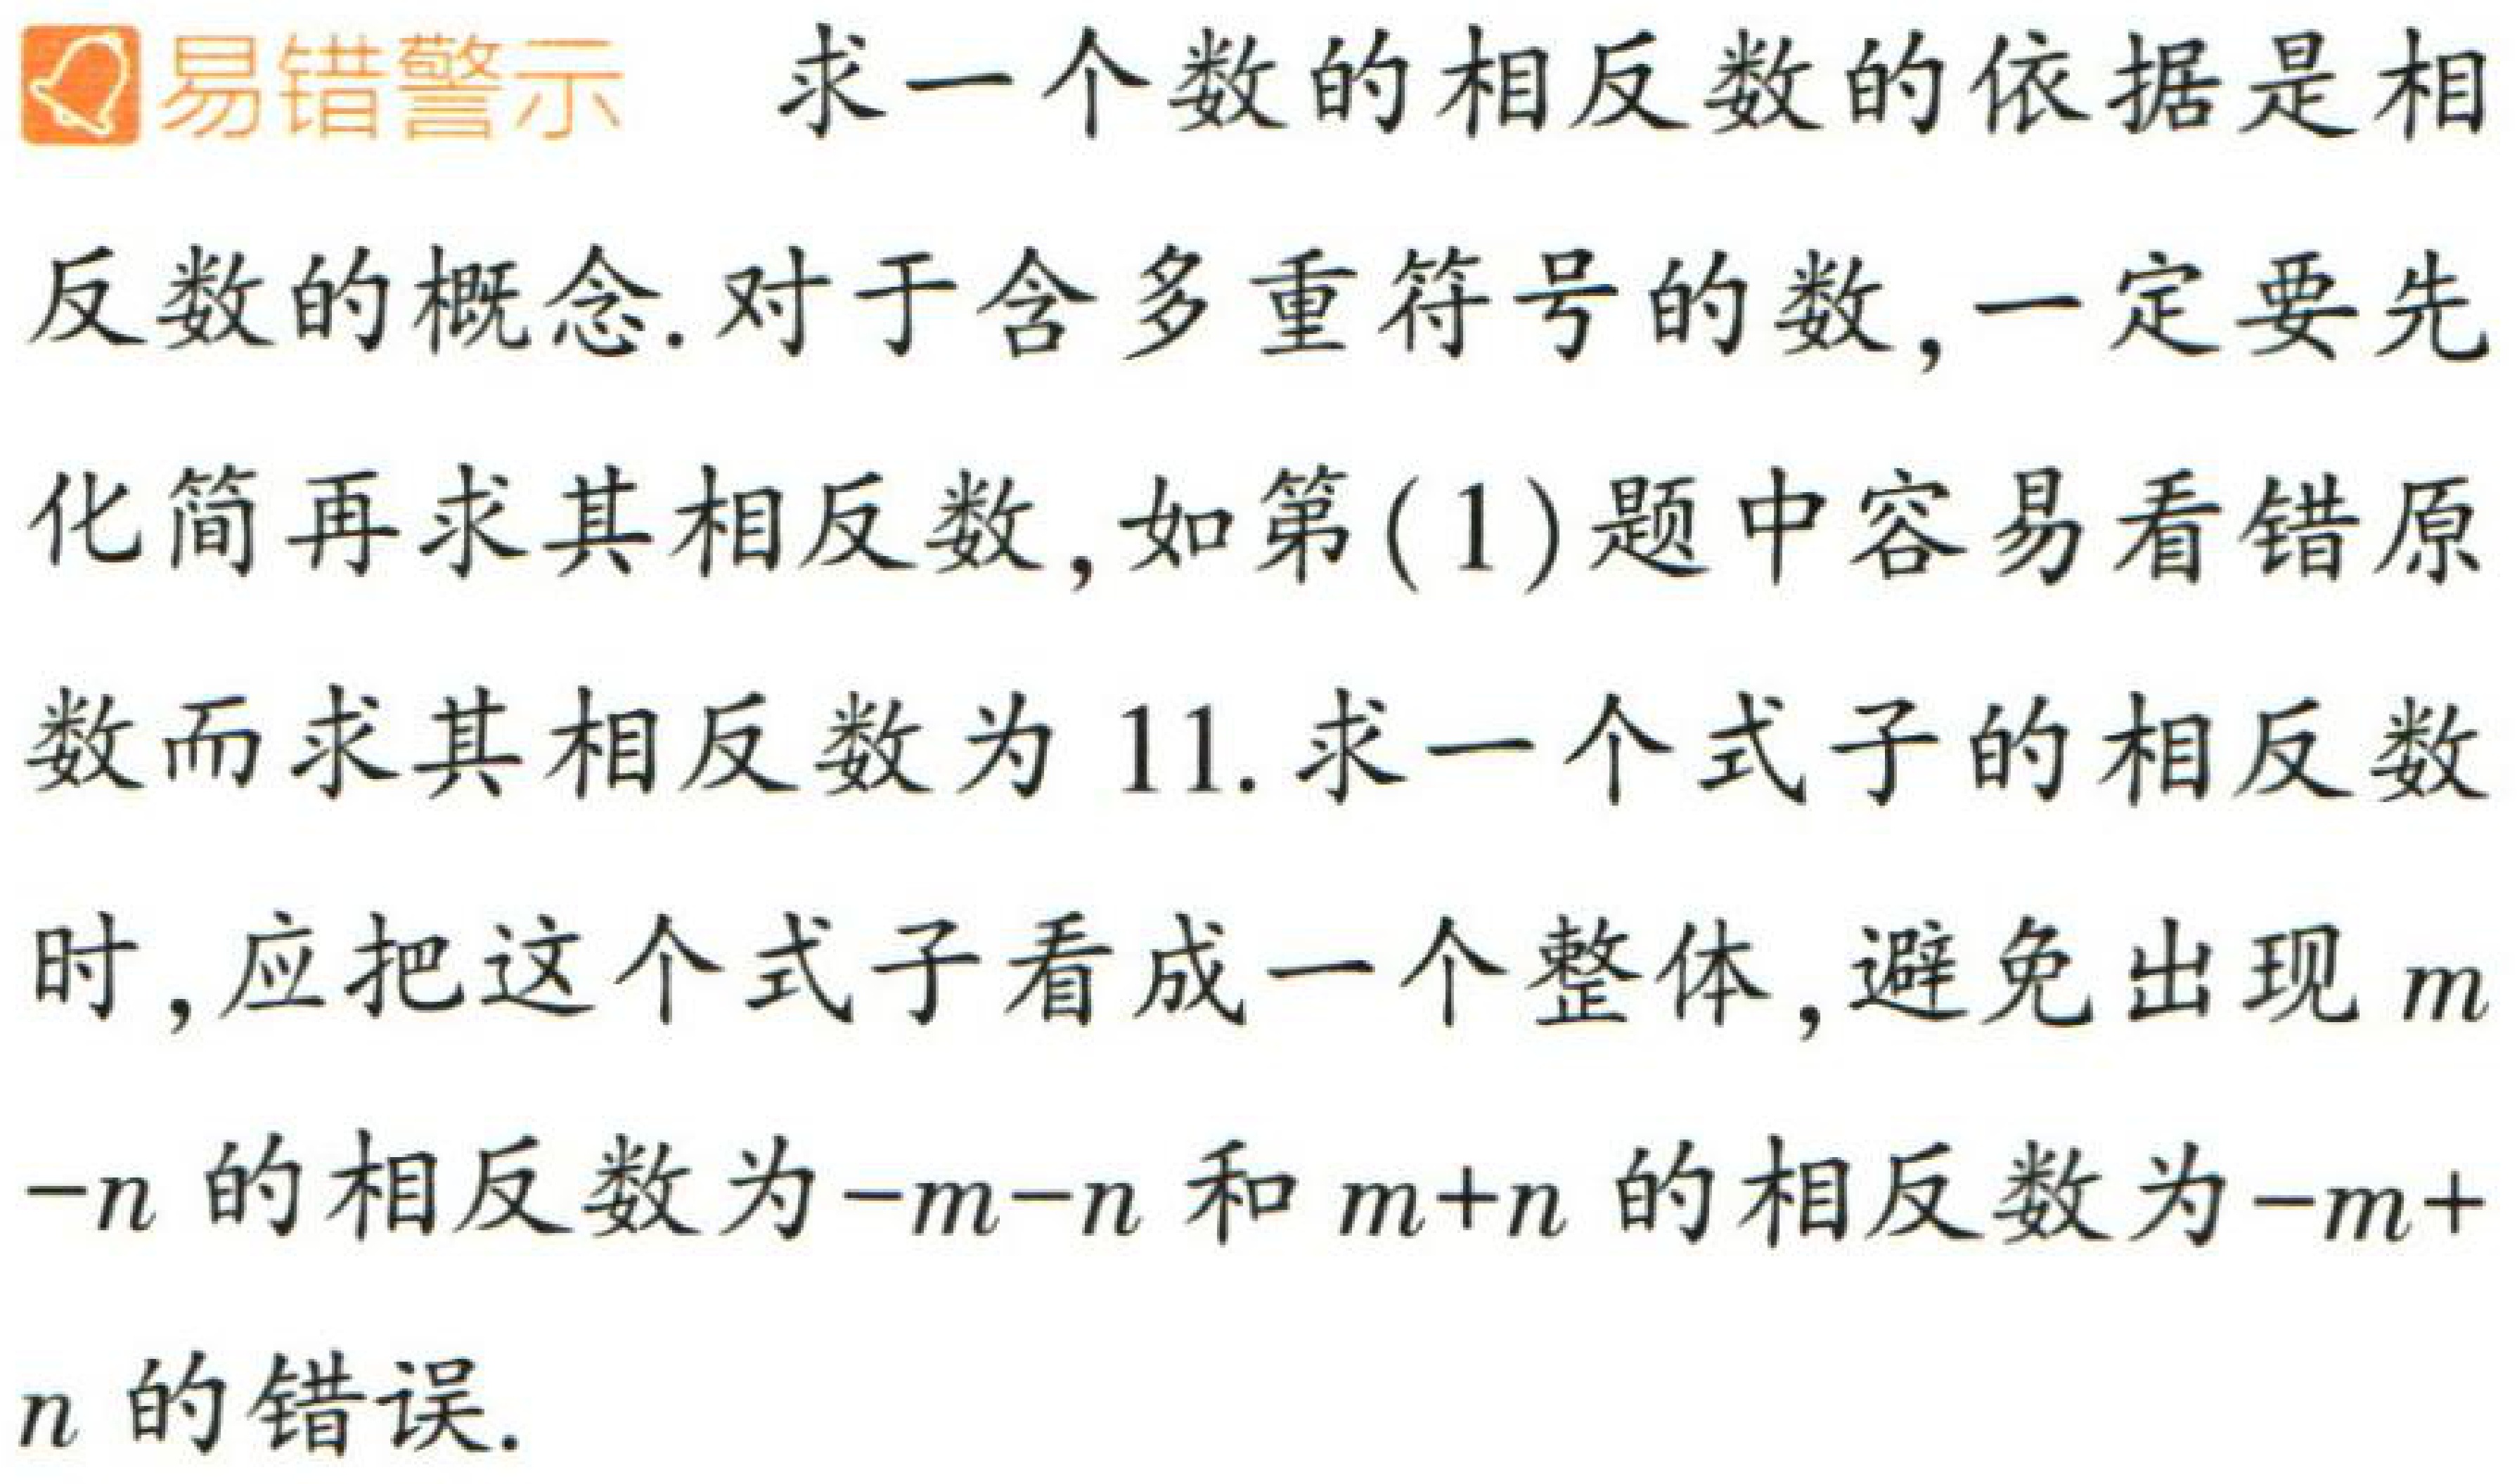
易错警示 求一个数的相反数的依据是相
反数的概念.对于含多重符号的数,一定要先
化简再求其相反数,如第(1)题中容易看错原
数而求其相反数为 11.求一个式子的相反数
时,应把这个式子看成一个整体,避免出现\(m
-n\)的相反数为\(-m - n\)和\(m + n\)的相反数为\(-m +
n\)的错误.